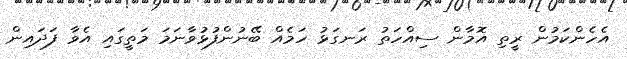
އެހެންކަމުން ރީތި އޮމާން ސިއްހަތު ރަނގަޅު ހަމެއް ބޭނުންފުޅުވާނަމަ މަތީގައި އެވާ ފަދައިިން